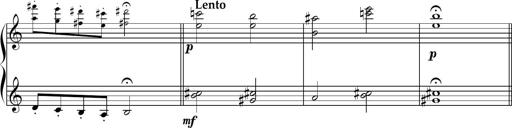
Title: Sonatine basque
Composer: Louis Sauter